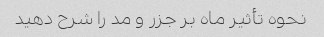
نحوه تأثیر ماه بر جزر و مد را شرح دهید